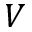
V